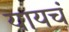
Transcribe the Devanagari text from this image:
यायचं